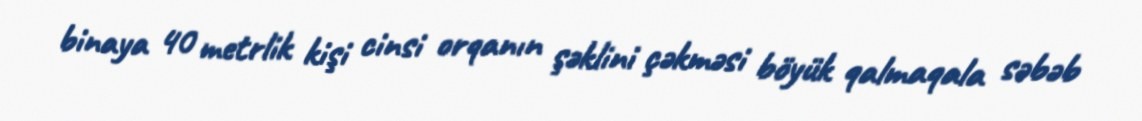
binaya 40 metrlik kişi cinsi orqanın şəklini çəkməsi böyük qalmaqala səbəb